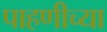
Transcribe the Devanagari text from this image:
पाहणीच्या